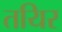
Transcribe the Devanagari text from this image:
तयिर